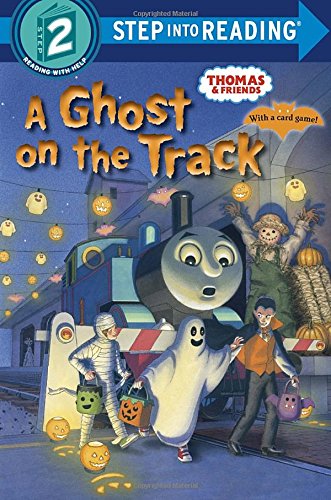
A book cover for A Ghost on the Track (Thomas & Friends) (Step into Reading); Rev. W. Awdry; Children's Books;